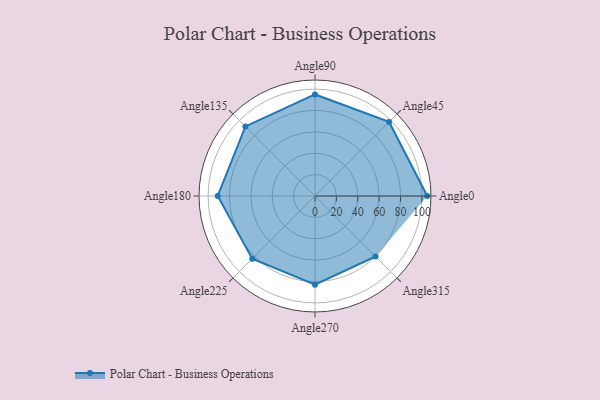
{"axis": {"x": "Angle", "y": "Radius"}, "legend": [""], "data": [{"x": "Angle0", "y": 105.0, "type": ""}, {"x": "Angle45", "y": 98.0, "type": ""}, {"x": "Angle90", "y": 95.0, "type": ""}, {"x": "Angle135", "y": 92.0, "type": ""}, {"x": "Angle180", "y": 91.0, "type": ""}, {"x": "Angle225", "y": 83.0, "type": ""}, {"x": "Angle270", "y": 83.0, "type": ""}, {"x": "Angle315", "y": 80.0, "type": ""}]}